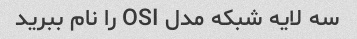
سه لایه شبکه مدل OSI را نام ببرید